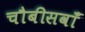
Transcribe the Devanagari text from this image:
चौबीसवाँ